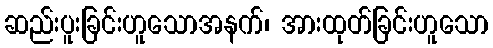
ဆည်းပူးခြင်းဟူသောအနက်၊ အားထုတ်ခြင်းဟူသော